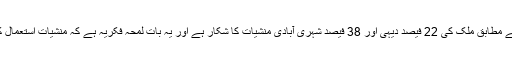
پروفیسر ڈاکٹر خان محمد ملک نے کہا کہ اعداد و شمار کے مطابق ملک کی 22 فیصد دیہی اور 38 فیصد شہری آبادی منشیات کا شکار ہے اور یہ بات لمحہ فکریہ ہے کہ منشیات استعمال کرنے والوں کی عمریں 13 سے 25 سال کے درمیان ہیں۔